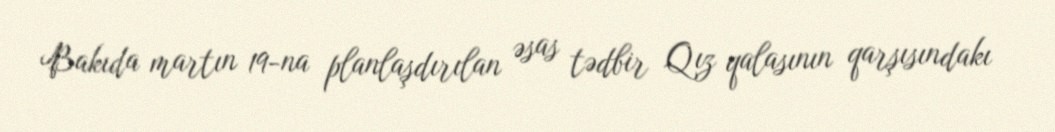
Bakıda martın 19-na planlaşdırılan əsas tədbir Qız qalasının qarşısındakı